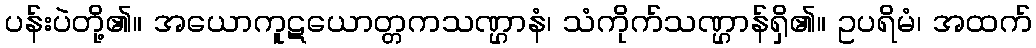
ပန်းပဲတို့၏။ အယောကူဋယောတ္တကသဏ္ဌာနံ၊ သံကိုက်သဏ္ဌာန်ရှိ၏။ ဥပရိမံ၊ အထက်